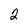
Character: 2